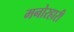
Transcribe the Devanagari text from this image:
मनोरहारी